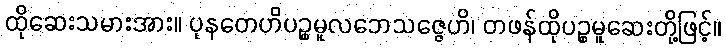
ထိုဆေးသမားအား။ ပုနတေဟိပဉ္စမူလဘေသဇ္ဇေဟိ၊ တဖန်ထိုပဉ္စမူဆေးတို့ဖြင့်။